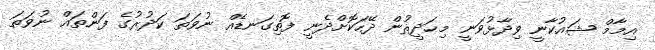
އިމާމް ޝައުކާނީ ވިދާޅުވަނީ މިޙަދީޘުން ދޭހަކޮށްދެނީ ފޮތިގަނޑެއް ނުވަތަ ކަދުރުގެ ފަންތައް ނުވަތަ